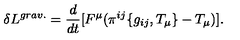
\delta L ^ { g r a v . } = \frac { d } { d t } [ F ^ { \mu } ( \pi ^ { i j } \{ g _ { i j } , T _ { \mu } \} - T _ { \mu } ) ] .